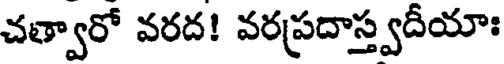
చత్వారో వరద! వరప్రదాస్త్వదీయాః